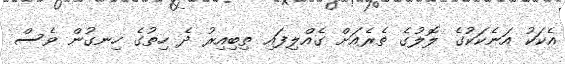
އެކަކު އަނެކަކުގެ ލޮލުގެ ތެރެއަށް ގެއްލިފައި ތިބިއިރު ދެ ހިތުގެ ހިނގުން ވެސް